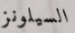
السيلونز